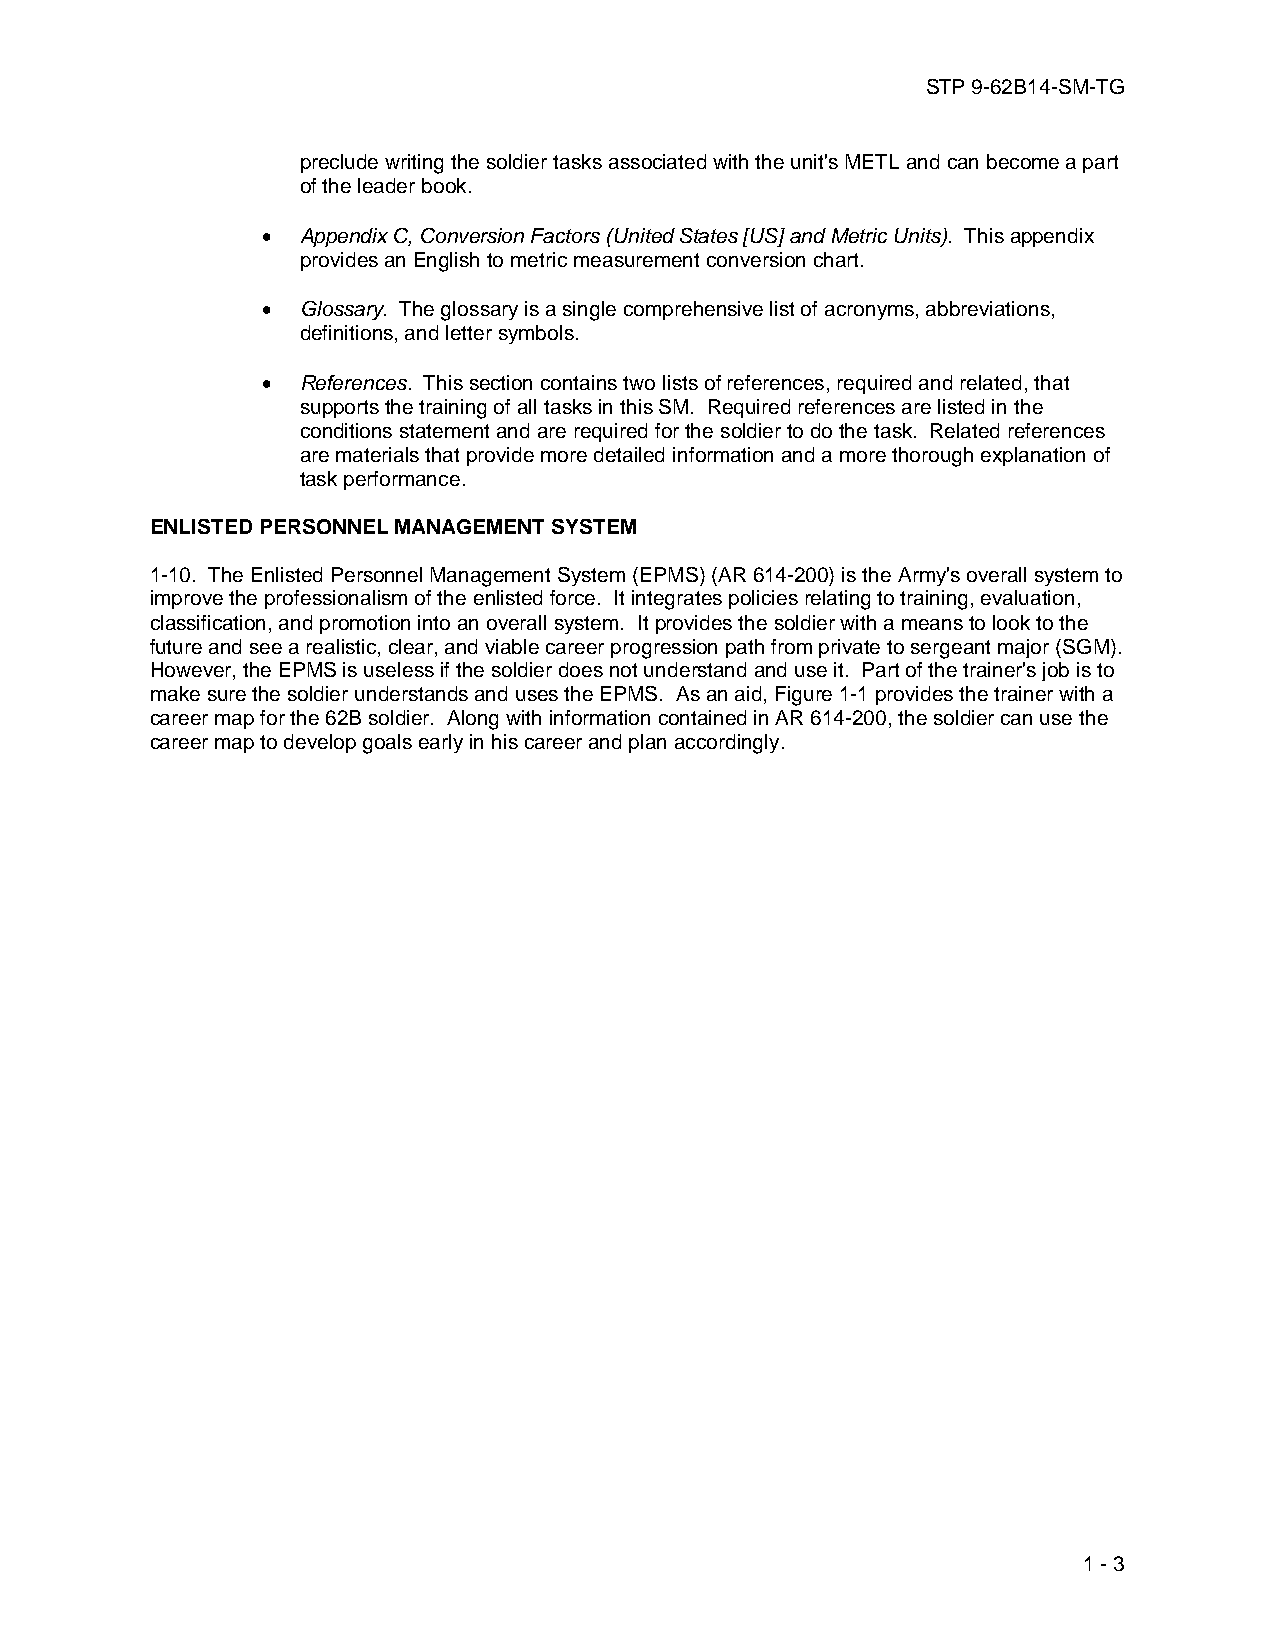
STP 9-62B14-SM-TG
 preclude writing the soldier tasks associated with the unit's METL and can become a part
 of the leader book.
 •  Appendix C, Conversion Factors (United States [US] and Metric Units). This appendix
 provides an English to metric measurement conversion chart.
 •  Glossary. The glossary is a single comprehensive list of acronyms, abbreviations,
 definitions, and letter symbols.
 •  References. This section contains two lists of references, required and related, that
 supports the training of all tasks in this SM. Required references are listed in the
 conditions statement and are required for the soldier to do the task. Related references
 are materials that provide more detailed information and a more thorough explanation of
 task performance.
 ENLISTED PERSONNEL MANAGEMENT SYSTEM
 1-10. The Enlisted Personnel Management System (EPMS) (AR 614-200) is the Army's overall system to
 improve the professionalism of the enlisted force. It integrates policies relating to training, evaluation,
 classification, and promotion into an overall system. It provides the soldier with a means to look to the
 future and see a realistic, clear, and viable career progression path from private to sergeant major (SGM).
 However, the EPMS is useless if the soldier does not understand and use it. Part of the trainer's job is to
 make sure the soldier understands and uses the EPMS. As an aid, Figure 1-1 provides the trainer with a
 career map for the 62B soldier. Along with information contained in AR 614-200, the soldier can use the
 career map to develop goals early in his career and plan accordingly.
 1 - 3